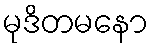
မုဒိတမနော